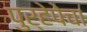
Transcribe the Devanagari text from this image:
पुर्हेपेचा